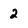
Character: 2